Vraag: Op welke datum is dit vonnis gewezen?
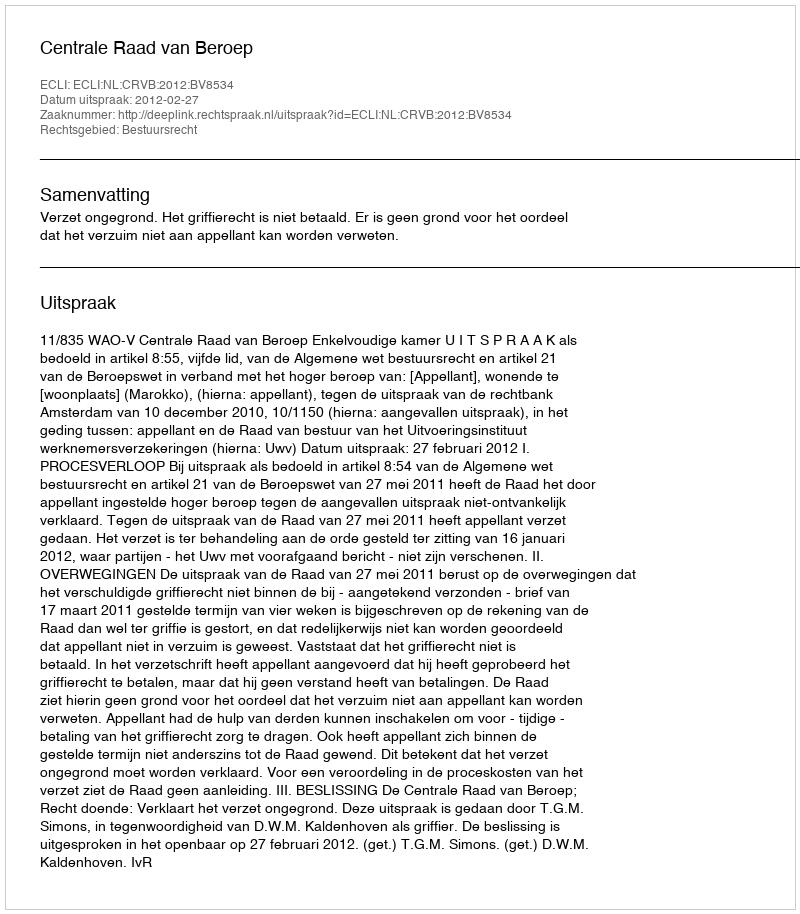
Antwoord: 2012-02-27